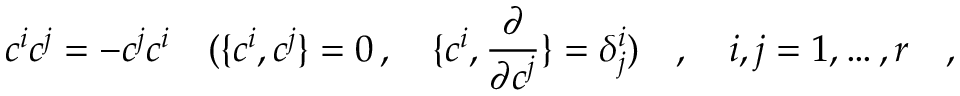
c ^ { i } c ^ { j } = - c ^ { j } c ^ { i } \quad ( \{ c ^ { i } , c ^ { j } \} = 0 \, , \quad \{ c ^ { i } , { \frac { \partial } { \partial c ^ { j } } } \} = \delta _ { j } ^ { i } ) \quad , \quad i , j = 1 , \dots , r \quad ,